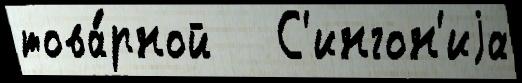
това́рной   С'ингон'иjа